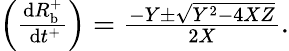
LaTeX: \begin{array}{r}{\left(\frac{\mathrm{d}R_{\mathrm{b}}^{+}}{\mathrm{~d}t^{+}}\right)=\frac{-Y\pm\sqrt{Y^{2}-4XZ}}{2X}.}\end{array}